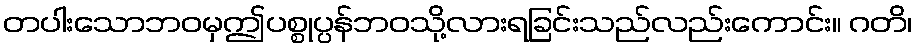
တပါးသောဘဝမှဤပစ္စုပ္ပန်ဘဝသို့လားရခြင်းသည်လည်းကောင်း။ ဂတိ၊